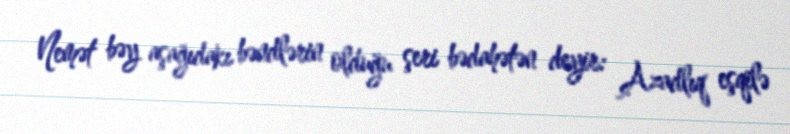
Nemət bəy aşağıdakı bəndlərin olduğu şeri bədahətən deyir: Azadlıq eşqilə